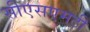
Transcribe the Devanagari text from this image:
सीएसएमटी